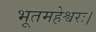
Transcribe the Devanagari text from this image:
भूतमहेश्वरः।